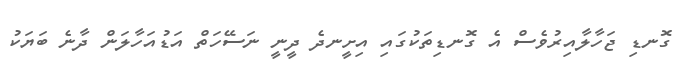
ގޮނޑި ޖަހާލާއިރުވެސް އެ ގޮނޑިތަކުގައި އިށީނދެ ދީނީ ނަސޭހަތް އަޑުއަހާލަން ދާނެ ބަޔަކު